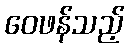
ဝေဖန်သည့်